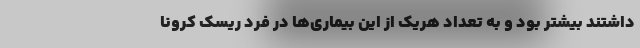
داشتند بیشتر بود و به تعداد هریک از این بیماری‌ها در فرد ریسک کرونا